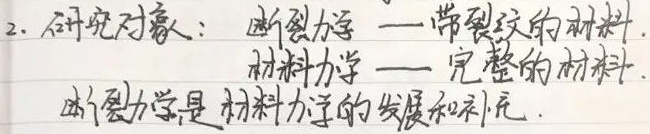
2. 研究对象： 断裂力学 —带裂纹的材料.材料力学 — 完整的材料.断裂力学是材料力学的发展和补充.